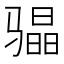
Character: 𮹐